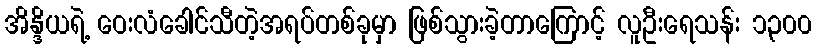
အိန္ဒိယရဲ့ ဝေးလံခေါင်သီတဲ့အရပ်တစ်ခုမှာ ဖြစ်သွားခဲ့တာကြောင့် လူဦးရေသန်း ၁၃၀၀